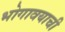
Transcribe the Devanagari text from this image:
भोगावयाची